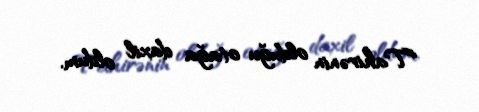
"Tahirənin olduğu otağa daxil oldum.